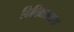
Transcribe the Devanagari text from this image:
विविद्यालय